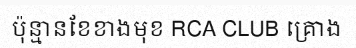
ប៉ុន្មានខែខាងមុខ RCA CLUB គ្រោង